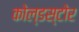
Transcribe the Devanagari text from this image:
कोल्डस्टोर